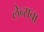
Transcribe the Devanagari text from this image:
लेन्सचा